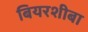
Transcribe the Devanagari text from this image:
बियरशीबा